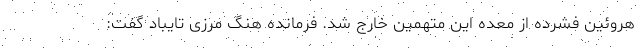
هروئین فشرده از معده این متهمین خارج شد. فرمانده هنگ مرزی تایباد گفت: